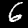
Digit: 6